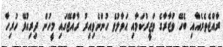
ރާއްޖެތެރެއާއި ބެހޭ ވުޒާރާގެ ވަޒީރުކަމާއި ޙަވާލުވެ ހުންނެވިއިރު ރާއްޖޭގައި މީހުން ދިރިއުޅޭ ހުރިހާ